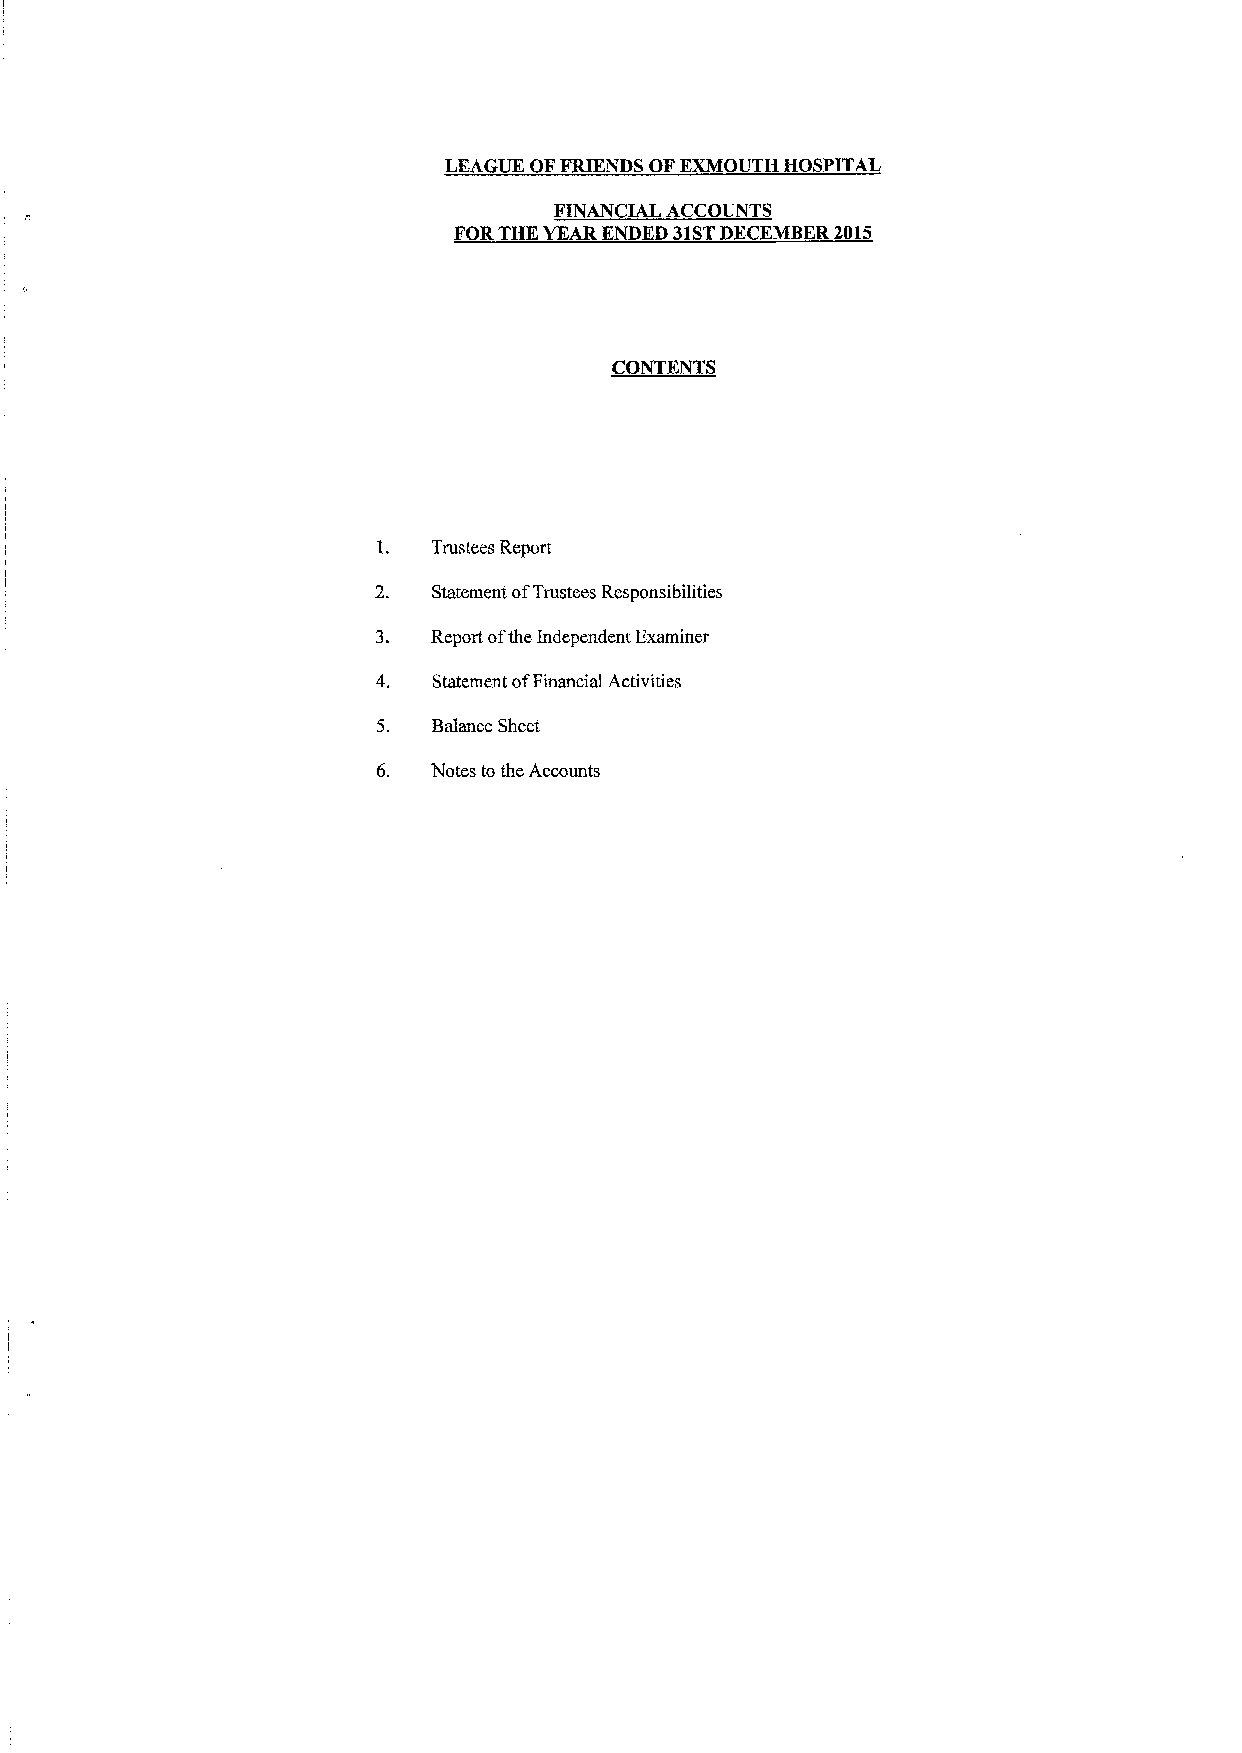
LEAGUE OFFRIENDS OFKXMOUTH HOSPITAL
 FINANCIALACCOUNTS
 FORTHK YEARENDED 31STDECEMBER2015
 CONTENTS
 1.  Trustees Report
 2.  Statement ofTrustees Responsibilities
 3.  Report ofthe Independent. Examiner
 4.  Statement ofFinancial Activities
 5.  Balance Sheet
 6.  Notes to the Accounts